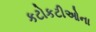
કટોકટીઓના